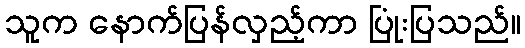
သူက နောက်ပြန်လှည့်ကာ ပြုံးပြသည်။